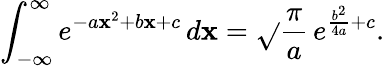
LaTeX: \int_{-\infty}^{\infty}e^{-a\mathbf{x}^{2}+b\mathbf{x}+c}\, d\mathbf{x}={\sqrt{}{{\frac{{\pi}}{{a}}}}}\, e^{{\frac{{b^{2}}}{{4a}}}+c}.